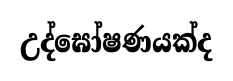
උද්ඝෝෂණයක්ද